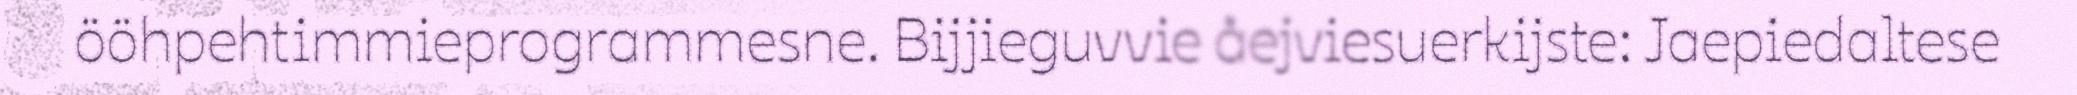
ööhpehtimmieprogrammesne. Bijjieguvvie åejviesuerkijste: Jaepiedaltese